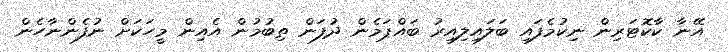
އޭނާ ކާކޮޓަރިން ނިކުމެފައި ބަލައިލިއިރު ބައްޕަމެން ދުފަން ތިބުމުން އެއިން މީހަކަށް ނުފެންނާހެން